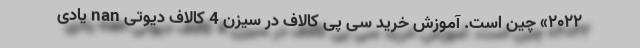
۲۰۲۲» چین است. آموزش خرید سی پی کالاف در سیزن 4 کالاف دیوتی nan یادی